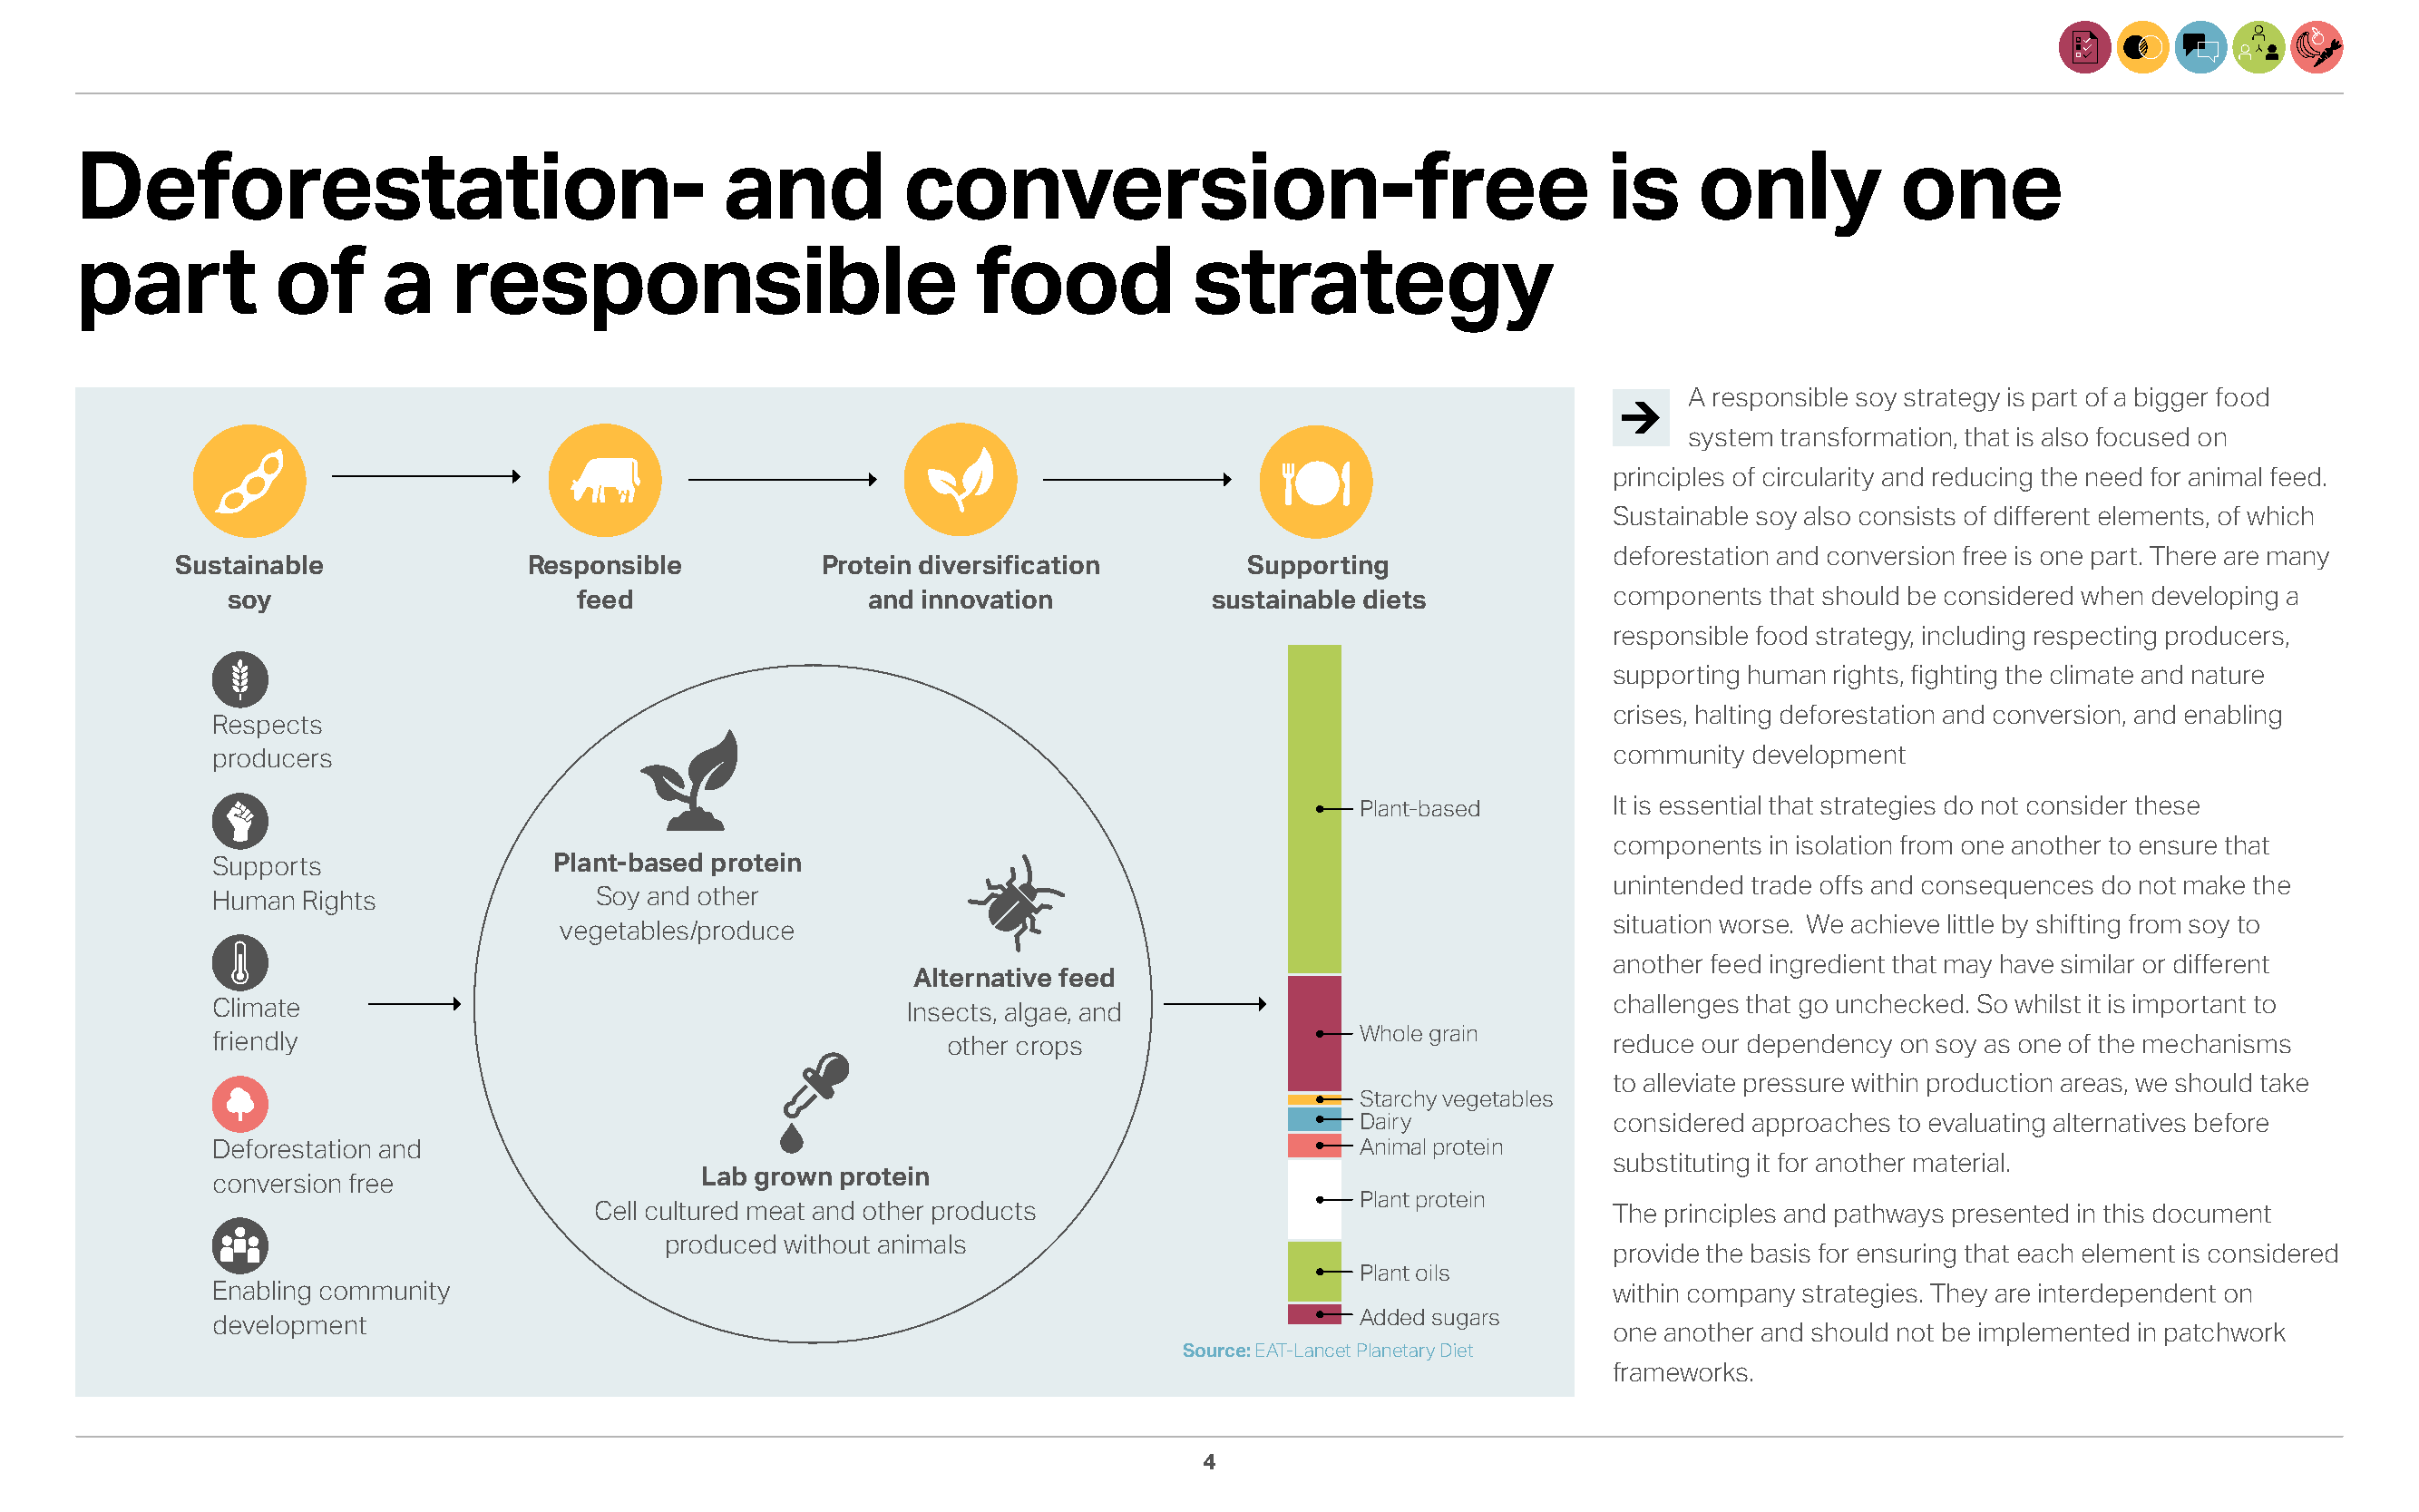
Deforestation-                                 and          conversion-free                                    is     only           one
 part          of      a    responsible                           food            strategy
 A responsible soy strategy is part of a bigger food
 system transformation, that is also focused on
 principles of circularity and reducing the need for animal feed.
 Sustainable soy also consists of different elements, of which
 deforestation and conversion free is one part. There are many
 Sustainable               Responsible          Protein diversification        Supporting
 soy                      feed                 and innovation           sustainable diets             components that should be considered when developing a
 responsible food strategy, including respecting producers,
 supporting human rights, fighting the climate and nature
 crises, halting deforestation and conversion, and enabling
 Respects
 producers                                                                                              community development
 Plant-based        It is essential that strategies do not consider these
 components in isolation from one another to ensure that
 Supports                 Plant-based protein
 unintended trade offs and consequences do not make the
 Human  Rights               Soy and other
 situation worse. We achieve little by shifting from soy to
 vegetables/produce
 another feed ingredient that may have similar or different
 Alternative feed
 Climate                                            Insects, algae, and                                 challenges that go unchecked. So whilst it is important to
 Whole grain
 friendly                                              other crops                                      reduce our dependency on soy as one of the mechanisms
 to alleviate pressure within production areas, we should take
 Starchy vegetables
 Dairy              considered approaches to evaluating alternatives before
 Deforestation and                                                                   Animal protein
 substituting it for another material.
 Lab grown protein
 conversion free
 Plant protein
 Cell cultured meat and other products                                      The principles and pathways presented in this document
 produced without animals
 provide the basis for ensuring that each element is considered
 Plant oils
 Enabling community                                                                                     within company strategies. They are interdependent on
 Added sugars
 development
 one another and should not be implemented in patchwork
 Source: EAT-Lancet Planetary Diet
 frameworks.
 4